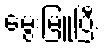
မွေးမြူပြီး